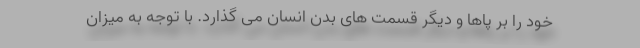
خود را بر پاها و دیگر قسمت های بدن انسان می گذارد. با توجه به میزان